Annual report on the working of the mental hospitals in the Madras Presidency - 1912-1932
Year: 1912
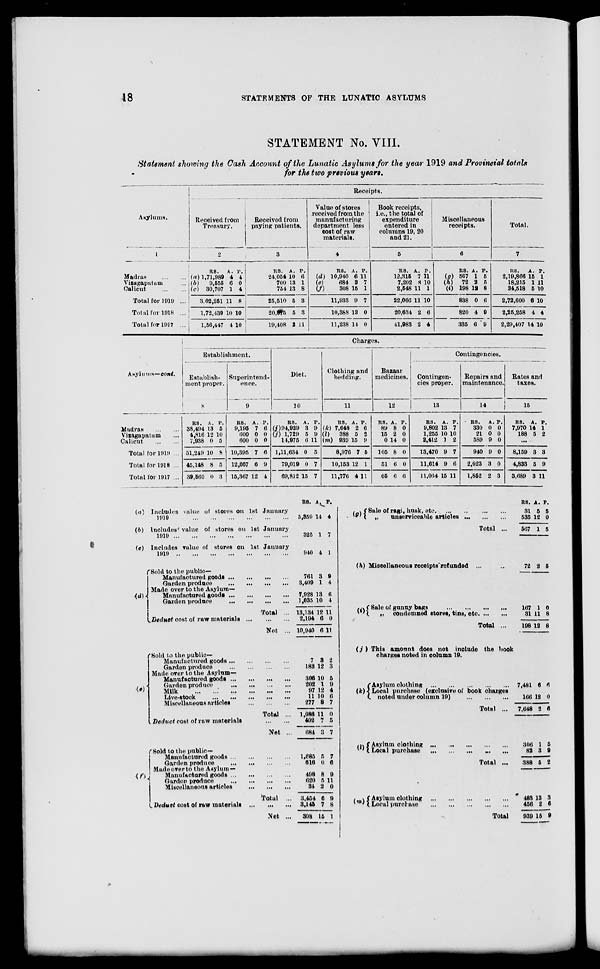
18
STATEMENTS OF THE LUNATIC ASYLUMS
STATEMENT No. VIII.
Statement showing the Cash Account of the Lunatic Asylums for the year 1919 and Provincial totals
for the two previous years.
Asylums.
1
Madras
...
...
Vizagapatam ...
Calicut ... ...
Total for 1919 ...
Total Tor 1918 ...
Total for 1917 ...
Receipts.
Received from
Treasury.
2
RS.
(a) 1,71,989
(b)
9,555
(c) 30,707
3,02,251
1,72,439
1,56,447
A.
4
6
1
11
10
4
P.
4
0
4
8
10
10
Received from
paying patients.
3
RS.
24,054
700
754
25,510
20,975
19,408
A.
10 13
13
5
5
2
P.
6
1
8
3
3
11
Value of stores
received from the
manufacturing
department less
cost of raw
materials.
4
RS.
(d) 10,940
(e)
684
(f)
308
11,933
10,388
11,238
A.
6
3
15
9
13
14
P.
11
7
1
7
0
0
Book receipts,
i.e., the total of
expenditure
entered in
columns 19, 20
and 21.
5
RS.
12,315
7,202
2,548
22,066
20,634
41,983
A.
7
8
11
11
2
2
P.
11
10
1
10
6
4
Miscellaneous
receipts.
6
(g)
(h)
(i)
RS.
567
72
198
838
820
335
A.
1
2
12
0
4
6
P.
5
5
8
6
9
9
Total.
7
RS.
2,19,866
18,215
34,518
2,72,600
2,25,258
2,29,407
A.
15
1
5
6
4
14
P.
1
11
10
10
4
10
Asylums—cont.
Madras
...
...
Vizagapatam ...
Calicut
...
...
Total for 1919 ...
Total for 1918 ...
Total for 1917 ...
Charges.
Establishment.
Establish-
ment proper.
8
RS.
38,494
4,816
7,938
51,249
45,148
39,560
A.
13
12
0
10
8
0
P.
5
10
5
8
5
3
Superintend-
ence.
9
RS.
9,195
600
600
10,395
12,667
15,367
A.
7
0
0
7
6
12
P.
6
0
0
6
9
4
Diet.
10
RS.
(j) 94,929
(j) 1,729
14,976
1,11,634
79,019
69,812
A.
3
5
6
0
0
15
P.
9
9
11
5
7
7
Clothing and
bedding.
11
RS.
(k) 7,648
(l)
388
(m) 939
8,976
10,153
11,776
A.
2
5
15
7
12
4
P.
6
2
9
5
1
11
Bazaar
medicines.
12
RS.
89
15
0
105
51
65
A.
8
2
14
8
6
6
P.
0
0
0
0
0
6
Contingencies.
Contingen-
cies proper.
13
RS.
9,802
1,255
2,412
13,470
11,614
11,064
A.
13
10
1
9
9
15
P.
7
10
2
7
6
11
Repairs and
maintenance.
14
RS.
330
21
589
940
2,023
1,852
A.
0
0
9
9
3
2
P.
0
0
0
0
0
3
Rates and
taxes.
15
RS.
7,970
188
A.
14
5
P.
1
2
...
8,159
4,833
3,689
3
5
3
3
9
11
(a)
(b)
(c)
(d)
Includes value of stores on 1st January
1919
...
...
...
...
...
Includes' value of stores on 1st January
1919
...
...
...
...
...
...
Includes value of stores on 1st January
1919
...
...
...
...
...
...
...
Sold to the public—
Manufactured goods
...
...
...
...
Garden produce
...
...
...
...
Made over to the Asylum—
Manufactured goods ...
...
...
...
Garden produce
...
...
...
...
Total ...
Deduct cost of raw materials
...
...
...
Net ...
(c)
(f)
Sold to the public-
Manufactured goods
...
...
...
...
Garden produce
...
...
...
...
Made over to the Asylum–
Manufactured goods
...
...
...
...
Garden produce
...
...
...
...
Milk
...
...
...
...
...
...
Live-stock
...
...
...
...
...
Miscellaneous articles ... ... ...
Total ...
Total Deduct cost of raw materials ... ...
Net ...
Sold to the public—
Manufactured goods
...
...
..
Garden produce
...
...
...
...
Made over to the Asylum—
Manufactured goods
...
...
...
...
Garden produce
...
...
...
...
Miscellaneous articles
...
...
...
Total ...
Deduct cost of raw materials
...
...
...
Net ...
RS.
5,359
325
940
761
3,409
7,928
1,035
13,134
2,194
10,940
7
183
306
202
97
11
277
1,086
402
684
1,685
616
498
620
34
3,454
3,145
308
A.
14
1
4
3
1
13
10
12
6
6
3
12
10
1
12
10
8
11
7
3
5
0
8
5
2
6
7
15
P.
4
7
1
9
4
6
4
11
0
11
2
3
5
9
4
6
7
0
5
7
7
6
9
11
0
9
8
1
(g)
Sale of ragi, husk, etc
...
...
...
„
unserviceable articles
...
...
...
Total ...
(h)
(i)
Miscellaneous receipts refunded
...
Sale of gunny bags
...
...
...
...
„
condemned stores, tins, etc. ... ...
Total ...
(j)
(k)
This amount does not include the book
charges noted in column 19.
Asylum clothing
...
...
...
...
...
Local purchase (exclusive of book charges
noted under column 19)
...
...
...
Total ...
(l)
Asylum
clothing
...
...
...
...
...
Local purchase
...
...
...
...
...
Total ...
(m)
Asylum clothing
...
...
...
...
...
Local purchase
...
...
...
...
...
Total ...
RS.
31
535
567
72
167
31
198
7,481
166
7,648
306
82
388
483
456
939
A.
5
12
1
2
1
11
12
6
12
2
1
3
5
13
2
15
P.
5
0
5
5
0
8
8
6
0
6
5
9
2
3
6
9